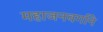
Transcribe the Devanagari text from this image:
महाजनवर्गाने